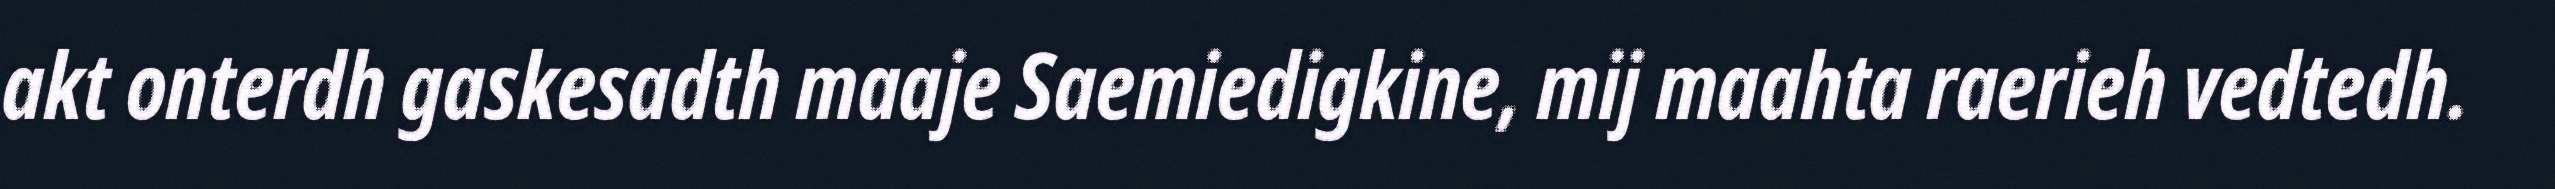
akt onterdh gaskesadth maaje Saemiedigkine, mij maahta raerieh vedtedh.